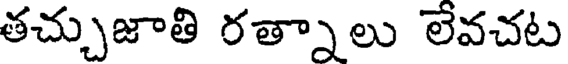
తచ్చుజాతి రత్నాలు లేవచట